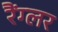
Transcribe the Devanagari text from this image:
रैंग्लर